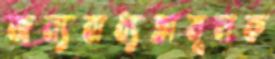
জন্যবাধ্যতামূলক